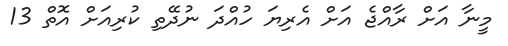
މީނާ އަށް ރާއްޖެ އަށް އެރިޔަ ހުއްދަ ނުދޭތި ކުރިއަށް އޮތް 13